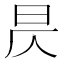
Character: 昃